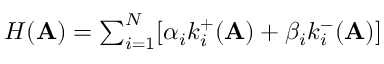
\begin{array} { r } { H ( \mathbf { A } ) = \sum _ { i = 1 } ^ { N } [ \alpha _ { i } k _ { i } ^ { + } ( \mathbf { A } ) + \beta _ { i } k _ { i } ^ { - } ( \mathbf { A } ) ] } \end{array}